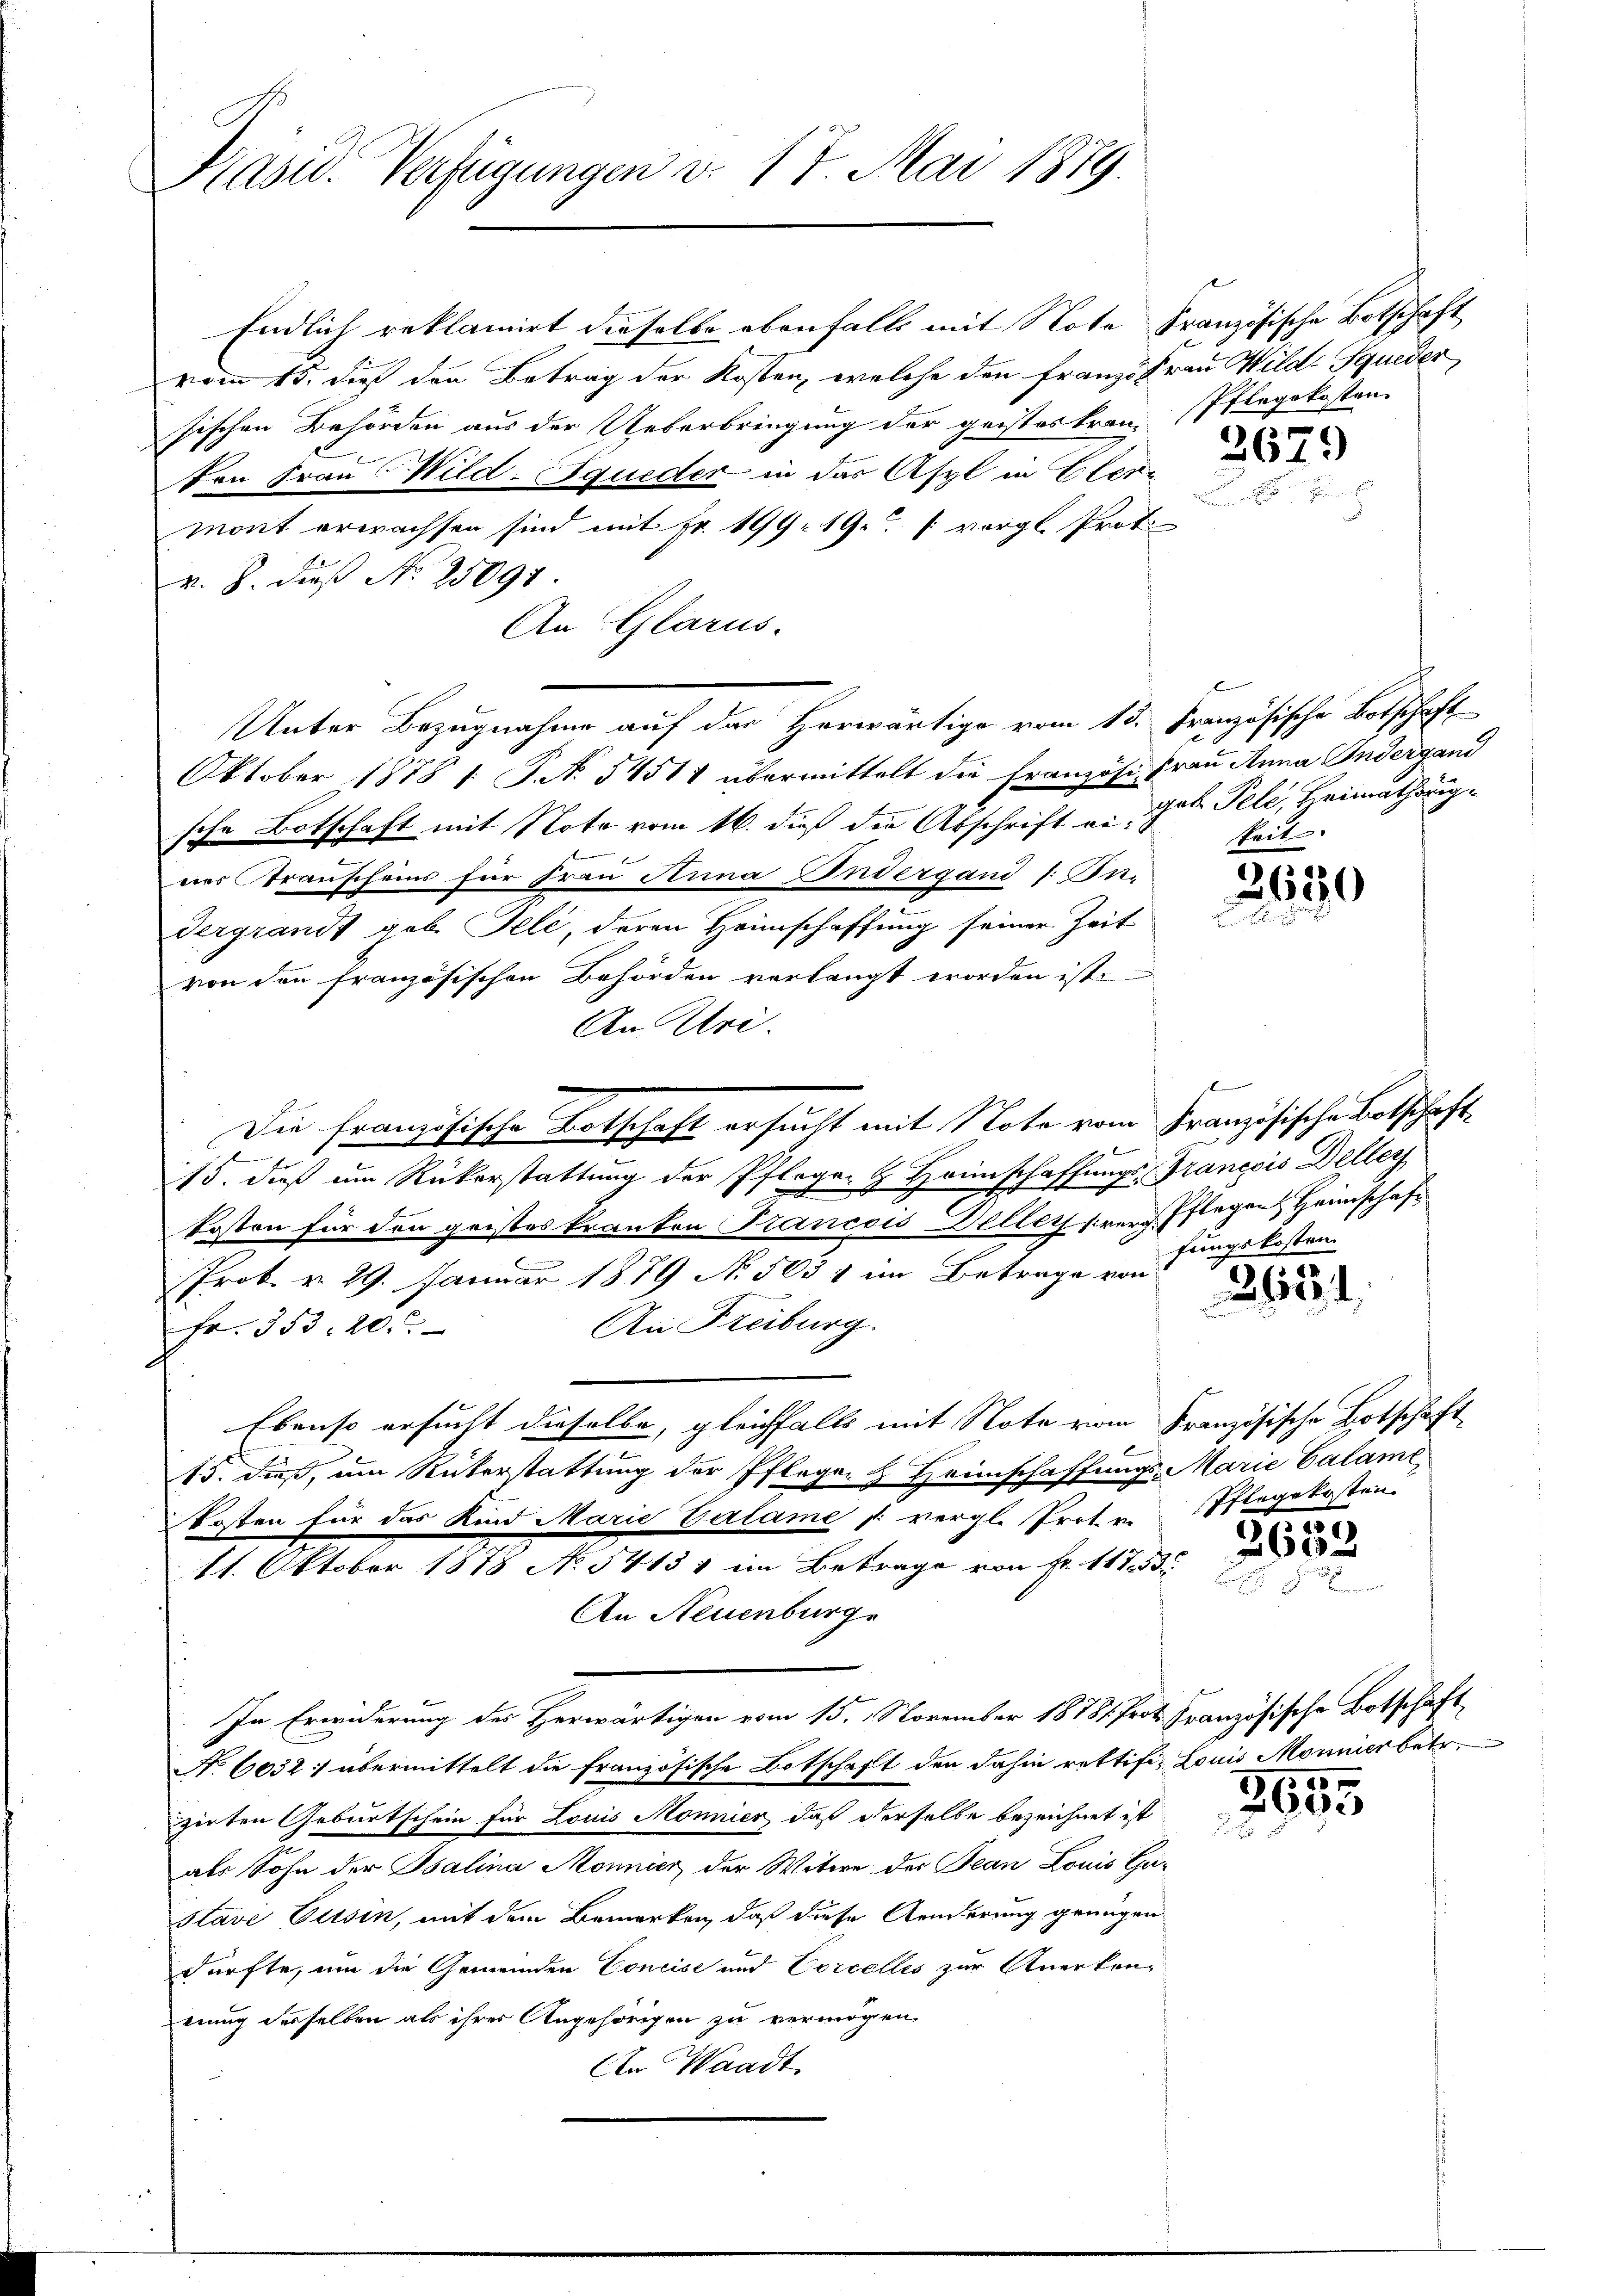
Kasid. Verfügungen v. 17. Mai 1879.

Endlich reklamirt dieselbe ebenfalls mit Note Französische Botschaft
vom 15. dieß den Betrag der Kosten, welche den Französrau Wild-Squeder
sischen Behörden aus der Ueberbringung der geisteskran. Pflegokosten
Von Frau Wild-queder in das Asyl in Eleme
mont erwachsen sind mit Fr. 199. 19. vorgl. Prot
v. 3. daß No 25091.
An Glarus.
Oktober 1878 1 P. N. 54511 übermittelt die Französi- Frau Anna Indergand
sche Botschaft mit Note vom 16. dieß der Abschrift er, gut Tele, Heimathörignes Transcheins für Frau Anna Endergand /: In-
Vergrandt geb. Tele, deren Heimschaffung seiner Zeit
von den französischen Behörden verlangt worden ist.
An Uri.
r
13. dieß um Rükerstattung der Pfleger & Heimschaffungs-Francois Deller
kosten für den geistes kranken Francois Deller frei Pflegen Heimschaft
Prok. v. 29. Januar 1879 N. 503 & im Betrage von
An Freiburg.
Fr. 353. 20.
Ebenso ersucht dieselbe, gleichfalls mit Note vom Französische Botschaft
15. dieß, um Rükerstattung der Pfleger Heimschaffungs-Marie Calame
kosten für das Kind Marie Valame s. vergl. Prote Pflegekosten.
11. Oktober 1878 No 54131 im Betrage von Fr. 11753
An Neuenburg
In Erwiderung des Herwärtigen vom 15. November 18781. Prot. Französische Botschaft
No. 6032 :/ übermittelt die französische Botschaft den dahin rektifi- Louis Monnier betr.
izirten Geburtschein für Louis Monier, daß derselbe bezeichnet ist
als Sohn der Balina Monnier der Witwe der Jean Louis Gu¬
Slavé Pusin, mit dem Bemerken, daß diese Aenderung genügen
dürfte, um die Gemeinden Concise und Corcelles zur Anerkeneiung desselben als ihrer Angehörigen zu vermögen.
An Waadt

Die französische Botschaft ersucht mit Note vom Französische Botschaft¬

Unter Bezugnahme auf das Herwärtige vom 13. Französische Botschaft

2679

keit

2650
r

B
fungskosten.

3624.

5

2602

2603
u

2